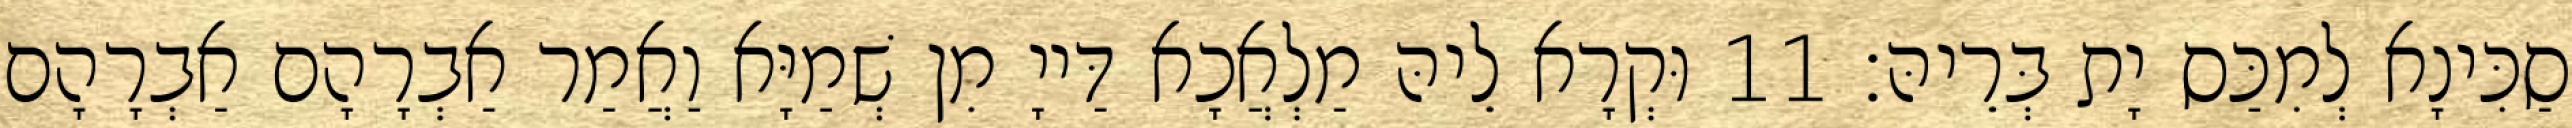
סַכִּינָא לְמִכַּס יָת בְּרֵיהּ׃ 11 וּקְרָא לֵיהּ מַלְאֲכָא דַּייָ מִן שְׁמַיָּא וַאֲמַר אַבְרָהָם אַבְרָהָם